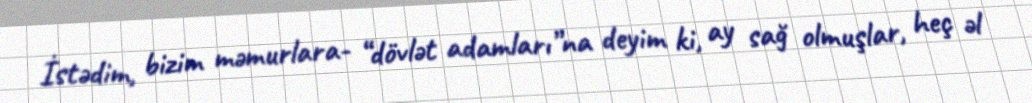
İstədim, bizim məmurlara- “dövlət adamları”na deyim ki, ay sağ olmuşlar, heç əl